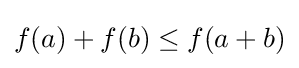
f(a)+f(b)\leq f(a+b)